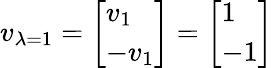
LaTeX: v_{\lambda=1}={\left[\begin{array}{l}{v_{1}}\\ {-v_{1}}\end{array}\right]}={\left[\begin{array}{l}{1}\\ {-1}\end{array}\right]}